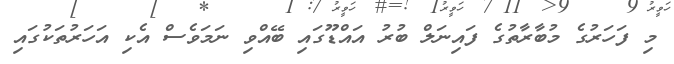
މި ފަހަރުގެ މުބާރާތުގެ ފައިނަލް ބުރު އައްޑޫގައި ބޭއްވި ނަމަވެސް އެކި އަހަރުތަކުގައި